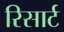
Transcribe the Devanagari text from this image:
रिसार्ट